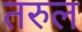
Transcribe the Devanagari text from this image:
तरुल